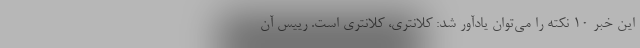
این خبر 10 نکته را می‌توان یادآور شد: کلانتری، کلانتری است. رییس آن